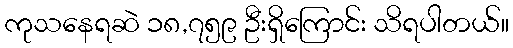
ကုသနေရဆဲ ၁၈,၇၅၉ ဦးရှိကြောင်း သိရပါတယ်။